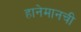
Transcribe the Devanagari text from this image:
हानेमानची